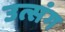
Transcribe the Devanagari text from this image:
उत्संग